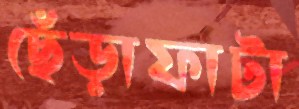
ছেঁড়াফাটা